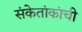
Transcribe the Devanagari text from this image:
संकेतांकांची